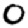
Digit: 0